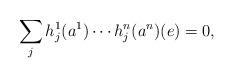
LaTeX: \begin{align*}\sum_{j} h_j^1(a^1)\cdots h_j^n(a^n)(e)=0,\end{align*}